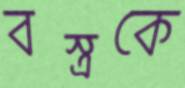
বস্ত্রকে